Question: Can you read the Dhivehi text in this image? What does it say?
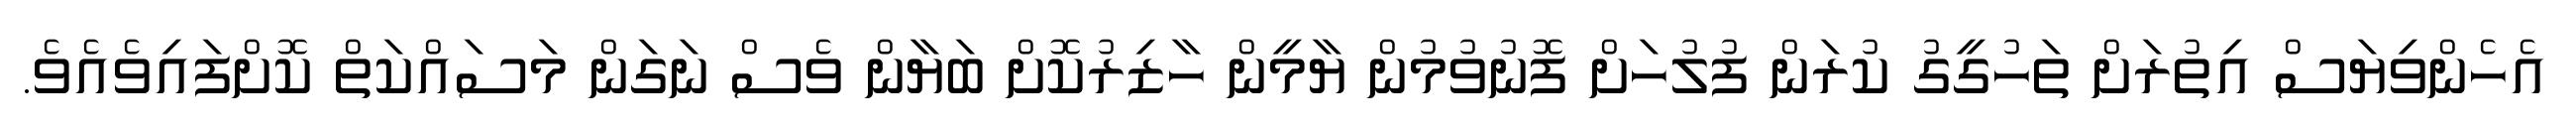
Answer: އެހެންވިޔަސް އިތުރަށް ތަހުގީގު ކުރަން ފުލުހަށް ފޮނުވުމުން ޔާމީން ހާޒިރުކޮށް ބަޔާން ވެސް ނަގަން މަސައްކަތް ކޮށްފައިވެއެވެ.